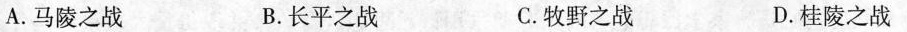
A.马陵之战 B.长平之战 C.牧野之战 D.桂陵之战